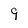
Character: 9